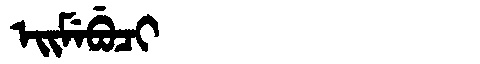
Manchu: ᡝᡳᠮᡝᠪᡠᠴᡳ
Romanization: EIMEBUCI